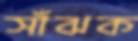
সাঁঝক